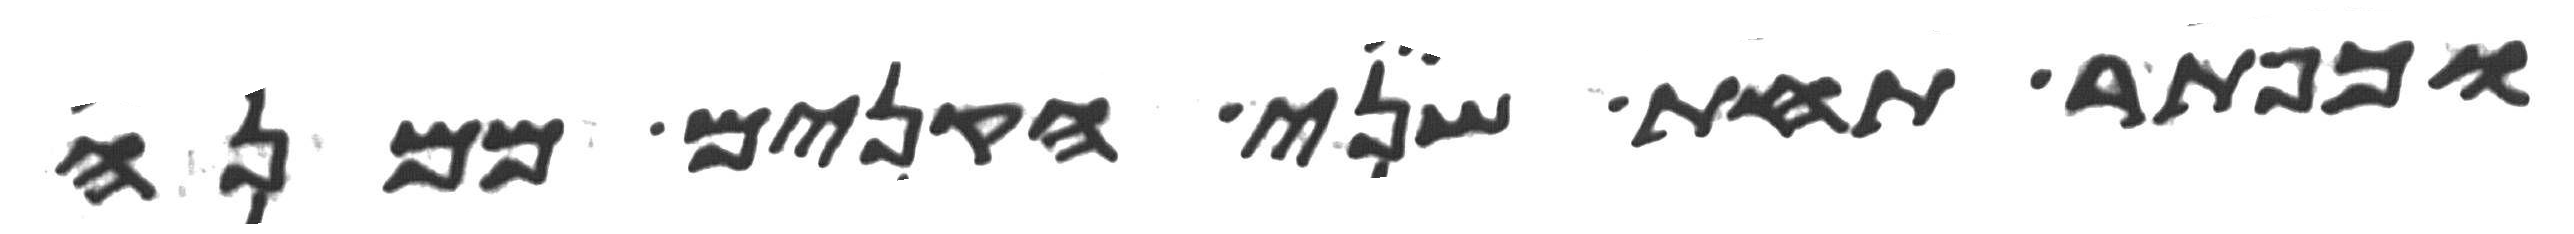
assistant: וכפתר תחת שני הקנים ממנה